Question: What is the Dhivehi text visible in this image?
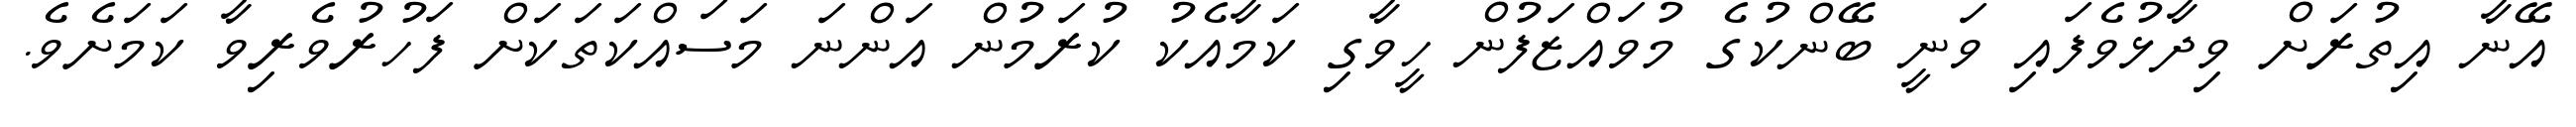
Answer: އޭނާ އިތުރަށް ވިދާޅުވެފައި ވަނީ ބޭންކުގެ މުވައްޒަފުން ހީވާގި ކަމާއެކު ކުރަމުން އަންނަ މަސައްކަތަކަށް ފަހުރުވެރިވާ ކަމަށެވެ.